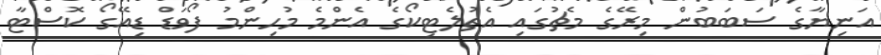
އަނިޔާގެ ސަބަބުން މިރޭގެ މެޗުގައި އެތުލެޓިކޯގެ އެންމެ މުހިންމު ފޯވަޑް ޑިއޭގޯ ކޮސްޓާ